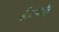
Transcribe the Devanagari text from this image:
है।अर्थात्